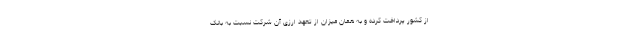
از کشور پرداخت کرده و به همان میزان از تعهد ارزی آن شرکت نسبت به بانک